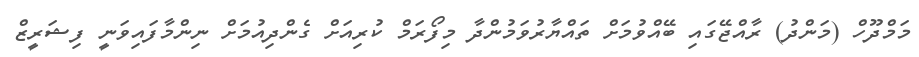
މަމްދޫހް (މަންދު) ރާއްޖޭގައި ބޭއްވުމަށް ތައްޔާރުވަމުންދާ މިފޯރަމް ކުރިއަށް ގެންދިއުމަށް ނިންމާފައިވަނީ ފިޝަރީޒް